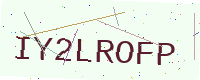
Text: IY2LROFP